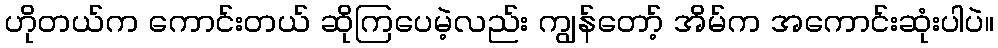
ဟိုတယ်က ကောင်းတယ် ဆိုကြပေမဲ့လည်း ကျွန်တော့် အိမ်က အကောင်းဆုံးပါပဲ။